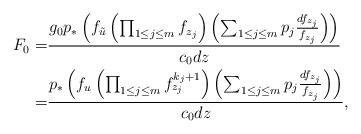
LaTeX: \begin{align*} F_0=&\frac{g_0p_*\left(f_{\tilde u}\left(\prod_{1\le j\le m}f_{z_j}\right)\left(\sum_{1\le j\le m}p_j\frac{df_{z_j}}{f_{z_j}}\right)\right)}{c_0dz}\\ =&\frac{p_*\left(f_{ u}\left(\prod_{1\le j\le m}f^{k_j+1}_{z_j}\right)\left(\sum_{1\le j\le m}p_j\frac{df_{z_j}}{f_{z_j}}\right)\right)}{c_0dz}, \end{align*}